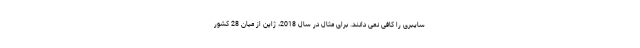
سایبری را کافی نمی دانند. برای مثال در سال 2018، ژاپن از میان 28 کشور